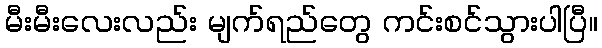
မီးမီးလေးလည်း မျက်ရည်တွေ ကင်းစင်သွားပါပြီ။